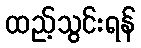
ထည့်သွင်းရန်